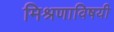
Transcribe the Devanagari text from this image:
मिश्रणाविषयी